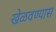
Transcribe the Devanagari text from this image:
खेळवण्यास